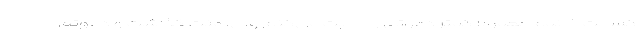
کسالت خانمم معمولا کمتر دعوتی را اجابت می‌کنم ولی، منت گذاشت و دعوتم